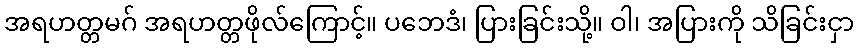
အရဟတ္တမဂ် အရဟတ္တဖိုလ်ကြောင့်။ ပဘေဒံ၊ ပြားခြင်းသို့။ ဝါ၊ အပြားကို သိခြင်းငှာ